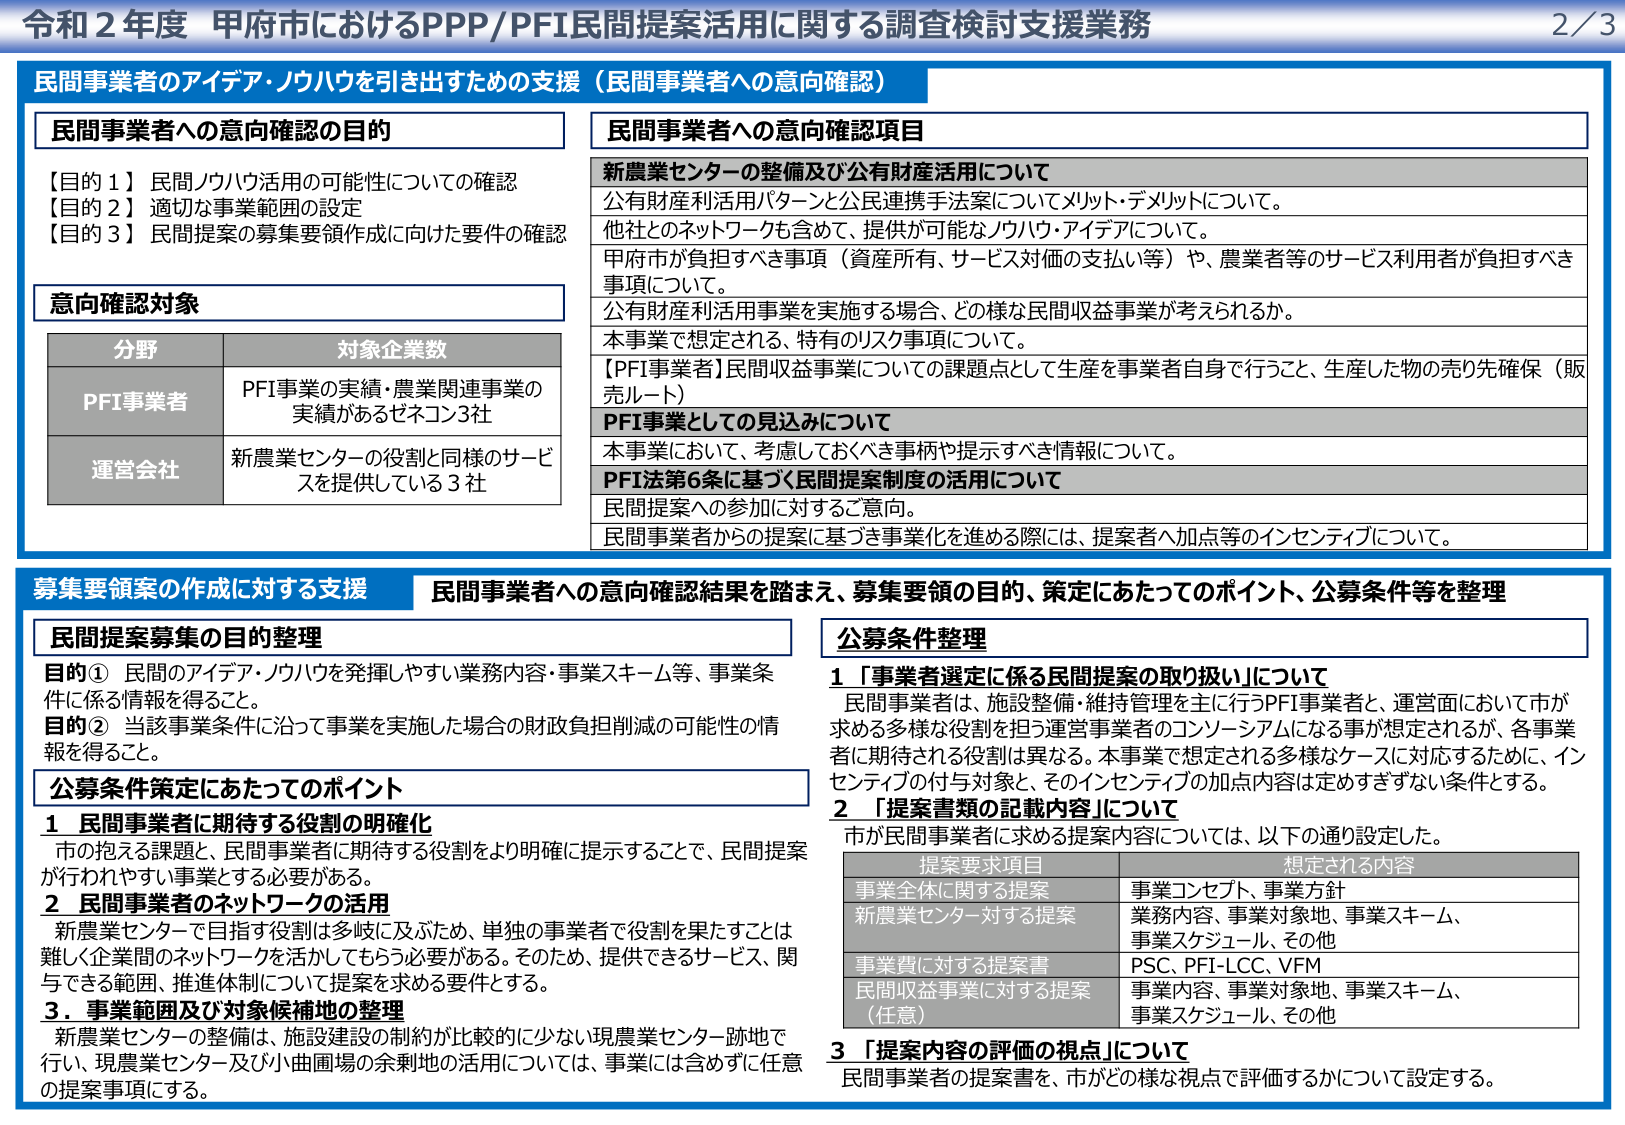
令和２年度 甲府市におけるPPP/PFI民間提案活用に関する調査検討支援業務 2/3

民間事業者のアイデア・ノウハウを引き出すための支援（民間事業者への意向確認）

民間事業者への意向確認の目的
【目的１】民間ノウハウ活用の可能性についての確認
【目的２】適切な事業範囲の設定
【目的３】民間提案の募集要領作成に向けた要件の確認

意向確認対象
分野 対象企業数
PFI事業者 PFI事業の実績・農業関連事業の実績があるゼネコン3社
運営会社 新農業センターの役割と同様のサービスを提供している3社

民間事業者への意向確認項目
新農業センターの整備及び公有財産活用について
公有財産利活用パターンと公民連携手法案についてメリット・デメリットについて。
他社とのネットワークも含めて、提供が可能なノウハウ・アイデアについて。
甲府市が負担すべき事項（資産所有、サービス対価の支払い等）や、農業者等のサービス利用者が負担すべき事項について。
公有財産利活用事業を実施する場合、どの様な民間収益事業が考えられるか。
本事業で想定される、特有のリスク事項について。
【PFI事業者】民間収益事業についての課題点として生産を事業者自身で行うこと、生産した物の売り先確保（販売ルート）
PFI事業としての見込みについて
本事業において、考慮しておくべき事柄や提示すべき情報について。
PFI法第6条に基づく民間提案制度の活用について
民間提案への参加に対するご意向。
民間事業者からの提案に基づき事業化を進める際には、提案者へ加点等のインセンティブについて。

募集要領案の作成に対する支援 民間事業者への意向確認結果を踏まえ、募集要領の目的、策定にあたってのポイント、公募条件等を整理

民間提案募集の目的整理
目的① 民間のアイデア・ノウハウを発揮しやすい業務内容・事業スキーム等、事業条件に係る情報を得ること。
目的② 当該事業条件に沿って事業を実施した場合の財政負担削減の可能性の情報を得ること。

公募条件策定にあたってのポイント
１ 民間事業者に期待する役割の明確化
市の抱える課題と、民間事業者に期待する役割をより明確に提示することで、民間提案が行われやすい事業とする必要がある。
２ 民間事業者のネットワークの活用
新農業センターで目指す役割は多岐に及ぶため、単独の事業者で役割を果たすことは難しく企業間のネットワークを活かしてもらう必要がある。そのため、提供できるサービス、関与できる範囲、推進体制について提案を求める要件とする。
３．事業範囲及び対象候補地の整理
新農業センターの整備は、施設建設の制約が比較的に少ない現農業センター跡地で行い、現農業センター及び小曲圃場の余剰地の活用については、事業には含めずに任意の提案事項にする。

公募条件整理
１ 「事業者選定に係る民間提案の取り扱い」について
民間事業者は、施設整備・維持管理を主に行うPFI事業者と、運営面において市が求める多様な役割を担う運営事業者のコンソーシアムになる事が想定されるが、各事業者に期待される役割は異なる。本事業で想定される多様なケースに対応するために、インセンティブの付与対象と、そのインセンティブの加点内容は定めすぎずない条件とする。
２ 「提案書類の記載内容」について
市が民間事業者に求める提案内容については、以下の通り設定した。
提案要求項目 想定される内容
事業全体に関する提案 事業コンセプト、事業方針
新農業センター対する提案 業務内容、事業対象地、事業スキーム、事業スケジュール、その他
事業費に対する提案書 PSC、PFI-LCC、VFM
民間収益事業に対する提案（任意） 事業内容、事業対象地、事業スキーム、事業スケジュール、その他
３ 「提案内容の評価の視点」について
民間事業者の提案書を、市がどのような視点で評価するかについて設定する。